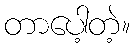
တာပေါ့တဲ့။